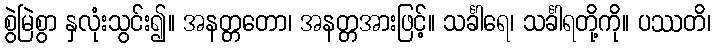
စွဲမြဲစွာ နှလုံးသွင်း၍။ အနတ္တတော၊ အနတ္တအားဖြင့်။ သင်္ခါရေ၊ သင်္ခါရတို့ကို။ ပဿတိ၊